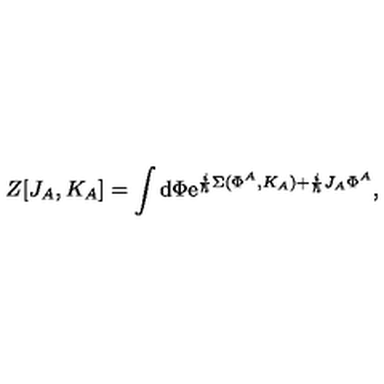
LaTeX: Z [ J _ { A } , K _ { A } ] = \int \mathrm { d } \Phi \mathrm { e } ^ { { \frac { i } { \hbar } } \Sigma ( \Phi ^ { A } , K _ { A } ) + { \frac { i } { \hbar } } J _ { A } \Phi ^ { A } } ,